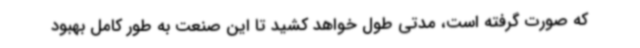
که صورت گرفته است، مدتی طول خواهد کشید تا این صنعت به طور کامل بهبود